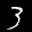
Label: 3